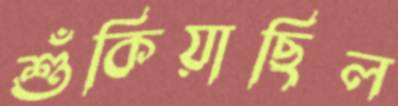
শুঁকিয়াছিল